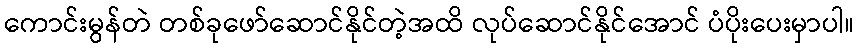
ကောင်းမွန်တဲ တစ်ခုဖော်ဆောင်နိုင်တဲ့အထိ လုပ်ဆောင်နိုင်အောင် ပံပိုးပေးမှာပါ။